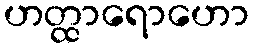
ဟတ္ထာရောဟော